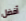
أفضل